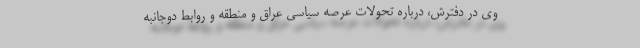
وی در دفترش، درباره تحولات عرصه سیاسی عراق و منطقه و روابط دوجانبه